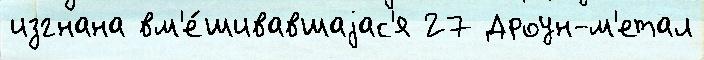
изгнана вм'е́шивавшаjас'я 27 Дроун-м'етал